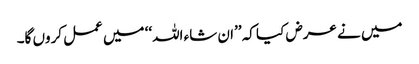
میں نے عرض کیا کہ ’’ان شاء اللہ‘‘ میں عمل کروں گا۔